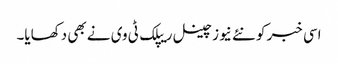
اسی خبر کو نئے نیوز چینل ریپلک ٹی وی نے بھی دکھایا۔